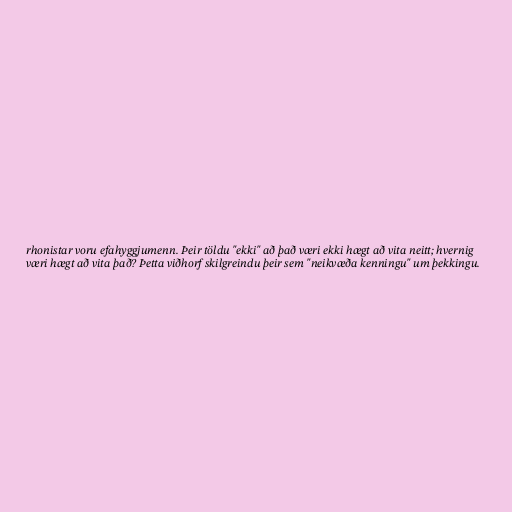
rhonistar voru efahyggjumenn. Þeir töldu "ekki" að það væri ekki hægt að vita neitt; hvernig
væri hægt að vita það? Þetta viðhorf skilgreindu þeir sem "neikvæða kenningu" um þekkingu.